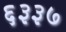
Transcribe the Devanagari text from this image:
६३३७